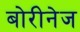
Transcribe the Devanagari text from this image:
बोरीनेज